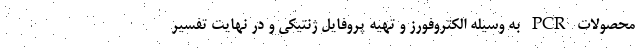
محصولات PCR به وسیله الکتروفورز و تهیه پروفایل ژنتیکی و در نهایت تفسیر